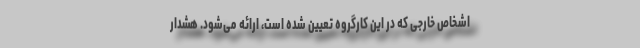
اشخاص خارجی که در این کارگروه تعیین شده است، ارائه می‌شود. هشدار